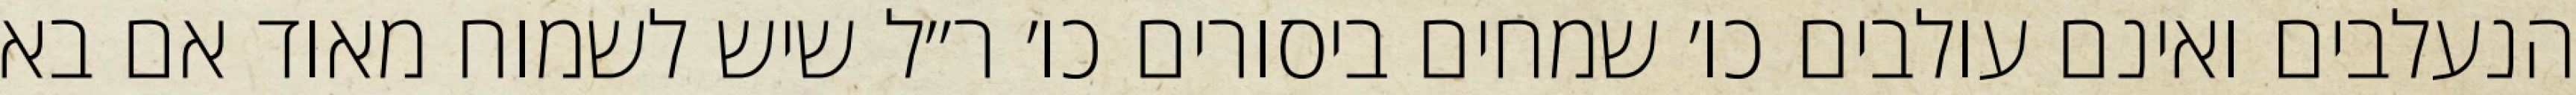
הנעלבים ואינם עולבים כו׳ שמחים ביסורים כו׳ ר״ל שיש לשמוח מאוד אם בא